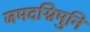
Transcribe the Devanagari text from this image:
जमदग्निमुनि